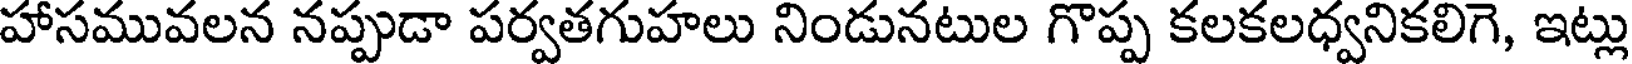
హాసమువలన నప్పుడా పర్వతగుహలు నిండునటుల గొప్ప కలకలధ్వనికలిగె, ఇట్లు